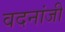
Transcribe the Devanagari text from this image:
वदनांजी